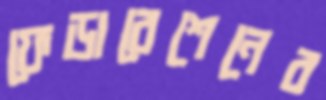
ফেডারেশেনের